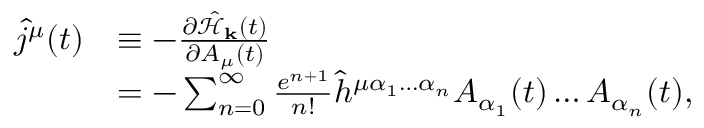
\begin{array} { r l } { \hat { j } ^ { \mu } ( t ) } & { \equiv - \frac { \partial \hat { \mathcal { H } } _ { \mathbf { k } } ( t ) } { \partial A _ { \mu } ( t ) } } \\ & { = - \sum _ { n = 0 } ^ { \infty } \frac { e ^ { n + 1 } } { n ! } \hat { h } ^ { \mu \alpha _ { 1 } \hdots \alpha _ { n } } A _ { \alpha _ { 1 } } ( t ) \hdots A _ { \alpha _ { n } } ( t ) \mathrm { , } } \end{array}